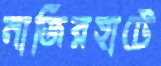
নাজিরহাটে